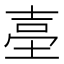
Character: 𡌬